Document type: Oath
Year: 1405
Scribe: Guillem de Lledó
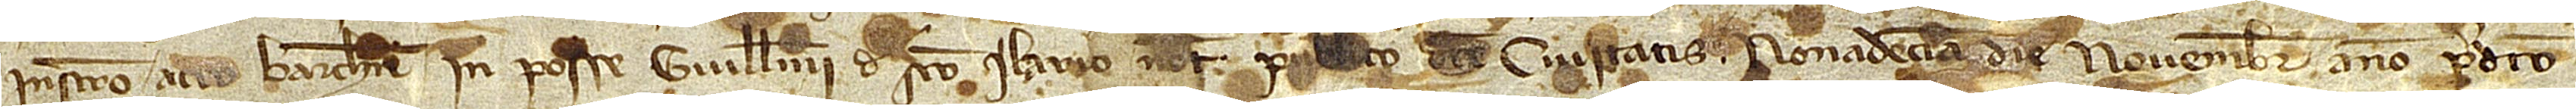
instrumento acto Barchinone in posse Guillelmi de Sancto Ilario, notario publico dicte civitatis, nonadecima die novembris, anno predicto,